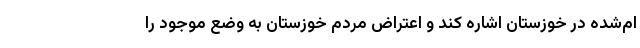
ام‌شده در خوزستان اشاره کند و اعتراض مردم خوزستان به وضع موجود را